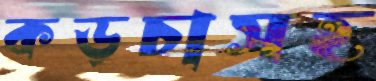
কড়চাসহ